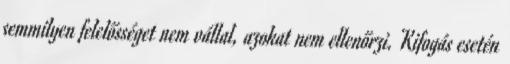
semmilyen felelősséget nem vállal, azokat nem ellenőrzi. Kifogás esetén